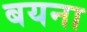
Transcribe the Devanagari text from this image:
बयना